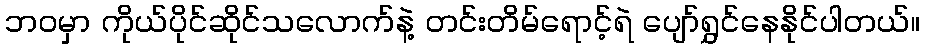
ဘဝမှာ ကိုယ်ပိုင်ဆိုင်သလောက်နဲ့ တင်းတိမ်ရောင့်ရဲ ပျော်ရွှင်နေနိုင်ပါတယ်။